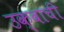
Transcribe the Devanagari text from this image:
उक्बाची